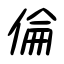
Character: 倫